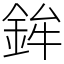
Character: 鉾